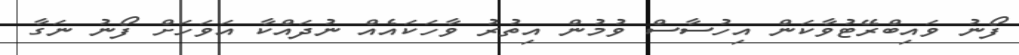
ފޯނު ވައިބްރޭޓުވާކަން އިހުސާސް ވުމުން އިތުރު ވާހަކައެއް ނުދައްކާ އަވަހަށް ފޯނު ނަގާ